Insane asylums in Bengal annual reports 1876-1887 - 1876-1887
Year: 1876
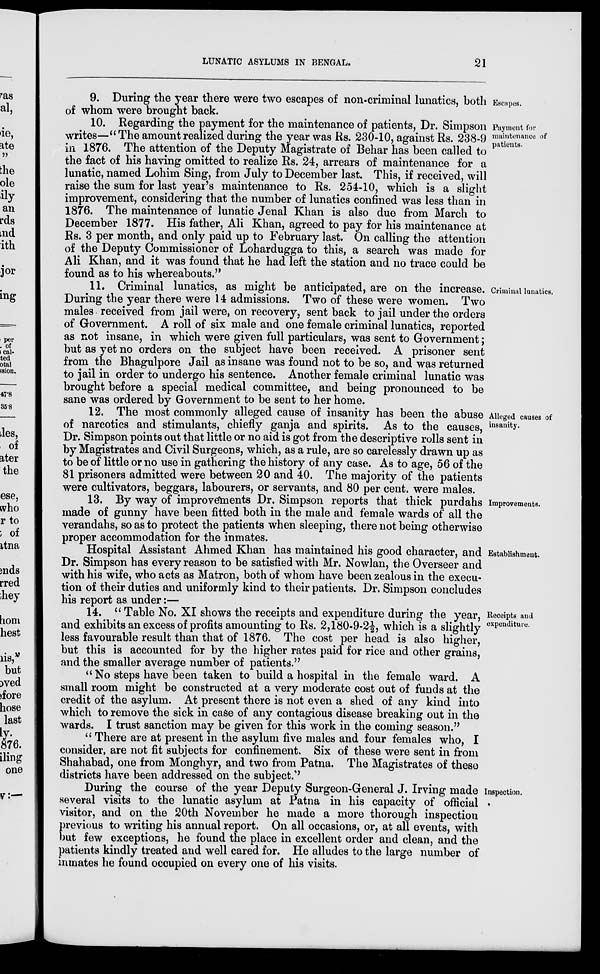
LUNATIC ASYLUMS IN BENGAL.
21
Escapes.
9. During the year there were two escapes of non-criminal lunatics, both
of whom were brought back.
Payment for
maintenance of
patients.
10. Regarding the payment for the maintenance of patients, Dr. Simpson
writes—"The amount realized during the year was Rs. 230-10, against Rs. 238-9
in 1876. The attention of the Deputy Magistrate of Behar has been called to
the fact of his having omitted to realize Rs. 24, arrears of maintenance for a
lunatic, named Lohim Sing, from July to December last. This, if received, will
raise the sum for last year's maintenance to Rs. 254-10, which is a slight
improvement, considering that the number of lunatics confined was less than in
1876. The maintenance of lunatic Jenal Khan is also due from March to
December 1877. His father, Ali Khan, agreed to pay for his maintenance at
Rs. 3 per month, and only paid up to February last. On calling the attention
of the Deputy Commissioner of Lohardugga to this, a search was made for
Ali Khan, and it was found that he had left the station and no trace could be
found as to his whereabouts."
Criminal lunatics.
11. Criminal lunatics, as might be anticipated, are on the increase.
During the year there were 14 admissions. Two of these were women. Two
males received from jail were, on recovery, sent back to jail under the orders
of Government. A roll of six male and one female criminal lunatics, reported
as not insane, in which were given full particulars, was sent to Government;
but as yet no orders on the subject have been received. A prisoner sent
from the Bhagulpore Jail as insane was found not to be so, and was returned
to jail in order to undergo his sentence. Another female criminal lunatic was
brought before a special medical committee, and being pronounced to be
sane was ordered by Government to be sent to her home.
Alleged causes of
insanity.
12. The most commonly alleged cause of insanity has been the abuse
of narcotics and stimulants, chiefly ganja and spirits. As to the causes,
Dr. Simpson points out that little or no aid is got from the descriptive rolls sent in
by Magistrates and Civil Surgeons, which, as a rule, are so carelessly drawn up as
to be of little or no use in gathering the history of any case. As to age, 56 of the
81 prisoners admitted were between 20 and 40. The majority of the patients
were cultivators, beggars, labourers, or servants, and 80 per cent. were males.
Improvements.
13. By way of improvements Dr. Simpson reports that thick purdahs
made of gunny have been fitted both in the male and female wards of all the
verandahs, so as to protect the patients when sleeping, there not being otherwise
proper accommodation for the inmates.
Establishment.
Hospital Assistant Ahmed Khan has maintained his good character, and
Dr. Simpson has every reason to be satisfied with Mr. Nowlan, the Overseer and
with his wife, who acts as Matron, both of whom have been zealous in the execu-
tion of their duties and uniformly kind to their patients. Dr. Simpson concludes
his report as under:—
Receipts and
expenditure.
14. " Table No. XI shows the receipts and expenditure during the year,
and exhibits an excess of profits amounting to Rs. 2,180-9-2½, which is a slightly
less favourable result than that of 1876. The cost per head is also higher,
but this is accounted for by the higher rates paid for rice and other grains,
and the smaller average number of patients."
" No steps have been taken to build a hospital in the female ward. A
small room might be constructed at a very moderate cost out of funds at the
credit of the asylum. At present there is not even a shed of any kind into
which to remove the sick in case of any contagious disease breaking out in the
wards. I trust sanction may be given for this work in the coming season."
" There are at present in the asylum five males and four females who, I
consider, are not fit subjects for confinement. Six of these were sent in from
Shahabad, one from Monghyr, and two from Patna. The Magistrates of these
districts have been addressed on the subject."
Inspection.
During the course of the year Deputy Surgeon-General J. Irving made
several visits to the lunatic asylum at Patna in his capacity of official
visitor, and on the 20th November he made a more thorough inspection
previous to writing his annual report. On all occasions, or, at all events, with
but few exceptions, he found the place in excellent order and clean, and the
patients kindly treated and well cared for. He alludes to the large number of
inmates he found occupied on every one of his visits.